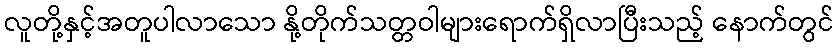
လူတို့နှင့်အတူပါလာသော နို့တိုက်သတ္တဝါများရောက်ရှိလာပြီးသည့် နောက်တွင်